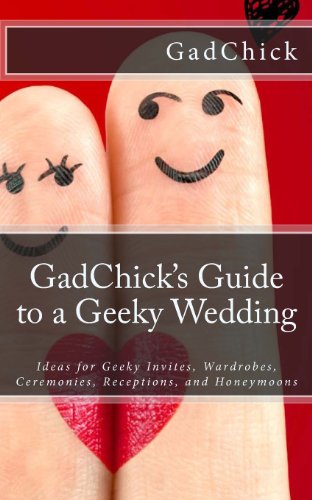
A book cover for GadChick's Guide to a Geeky Wedding: Ideas for Geeky Invites, Wardrobes, Ceremonies, Receptions, and Honeymoons; GadChick; Crafts, Hobbies & Home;